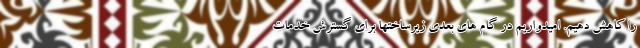
را کاهش دهیم. امیدواریم در گام های بعدی زیرساختها برای گسترش خدمات